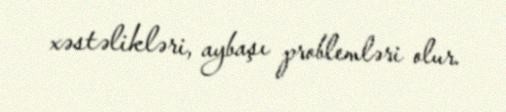
xəstəlikləri, aybaşı problemləri olur.